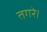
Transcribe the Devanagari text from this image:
तगरे।